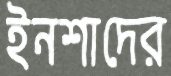
ইনশাদের